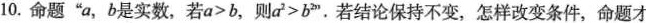
10.命题”a，b是实数，若a>b，则a^{2}>b^{2}”。若结论保持不变，怎样改变条件，命题才